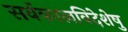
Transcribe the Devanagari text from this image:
सर्वकालविदेशेषु